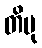
တိပု